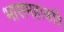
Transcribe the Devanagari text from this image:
भासमहाकवि